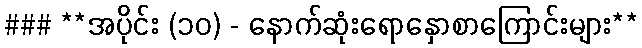
### **အပိုင်း (၁၀) - နောက်ဆုံးရောနှောစာကြောင်းများ**